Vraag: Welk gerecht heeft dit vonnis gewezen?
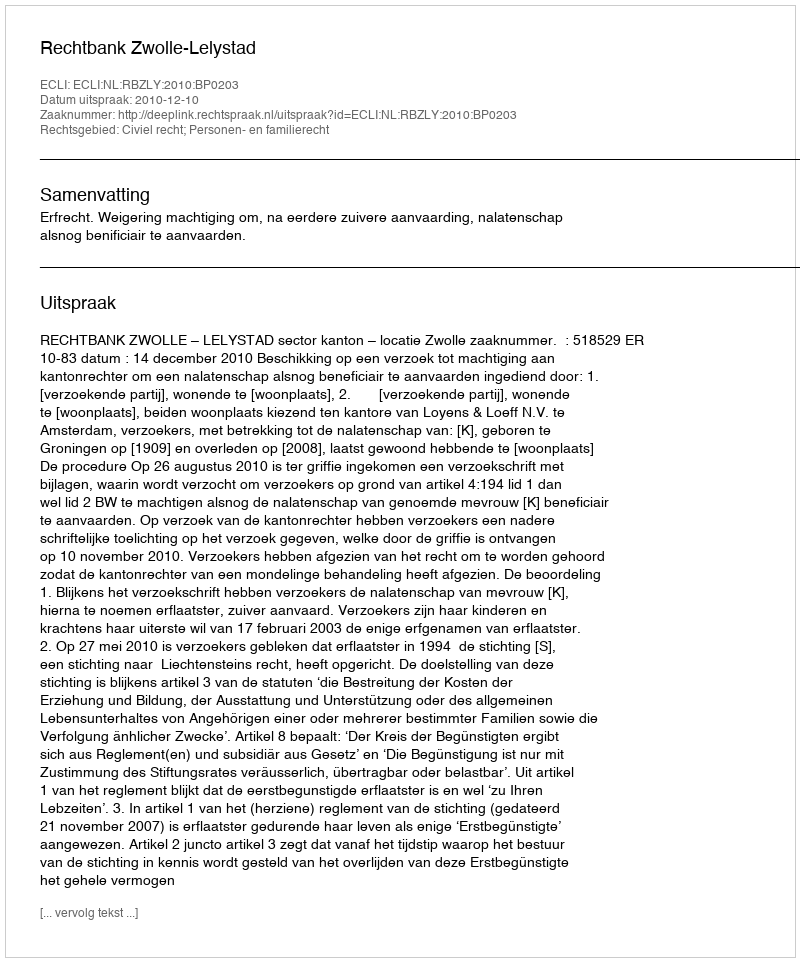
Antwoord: Rechtbank Zwolle-Lelystad